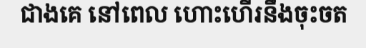
ជាងគេ នៅពេល ហោះហើរនឹងចុះចត